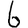
Digit: 6